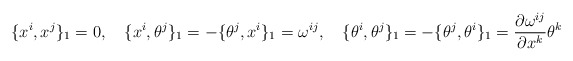
\begin{align*}\{x^i, x^j\}_{1}=0,\quad \{x^i, \theta^j\}_{1}= -\{\theta^{j}, x^{i}\}_{1} =\omega^{ij},\quad\{\theta^i, \theta^j\}_{1}=-\{\theta^j, \theta^i\}_{1}=\frac{\partial\omega^{ij}}{\partial x^k}\theta^k\end{align*}